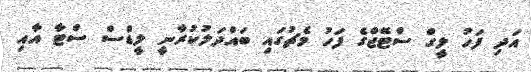
އަދި ފަހު ލީގް ސްޓޭޖްގެ ފަހު މެޗުގައި ބައްދަލުކުރާނީ ލީޑްސް ސްޓާ އާއި